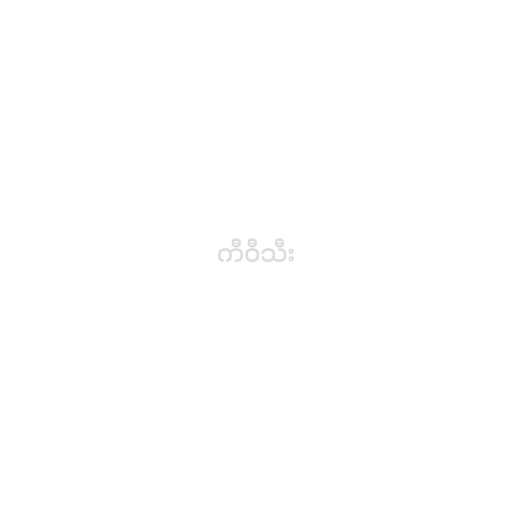
ကီဝီသီး